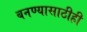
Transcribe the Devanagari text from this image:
बनण्यासाठीही